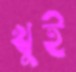
খুই